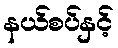
နယ်စပ်နှင့်